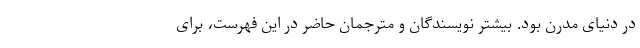
در دنیای مدرن بود. بیشتر نویسندگان و مترجمان حاضر در این فهرست، برای